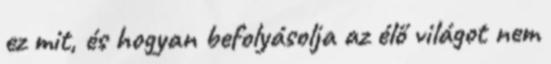
ez mit, és hogyan befolyásolja az élő világot nem